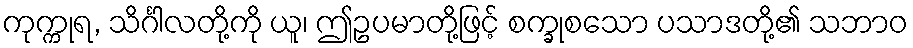
ကုက္ကုရ, သိင်္ဂါလတို့ကို ယူ၊ ဤဥပမာတို့ဖြင့် စက္ခုစသော ပသာဒတို့၏ သဘာဝ